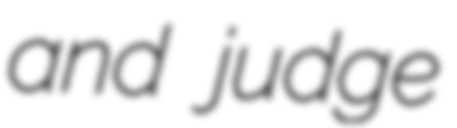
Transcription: and judge